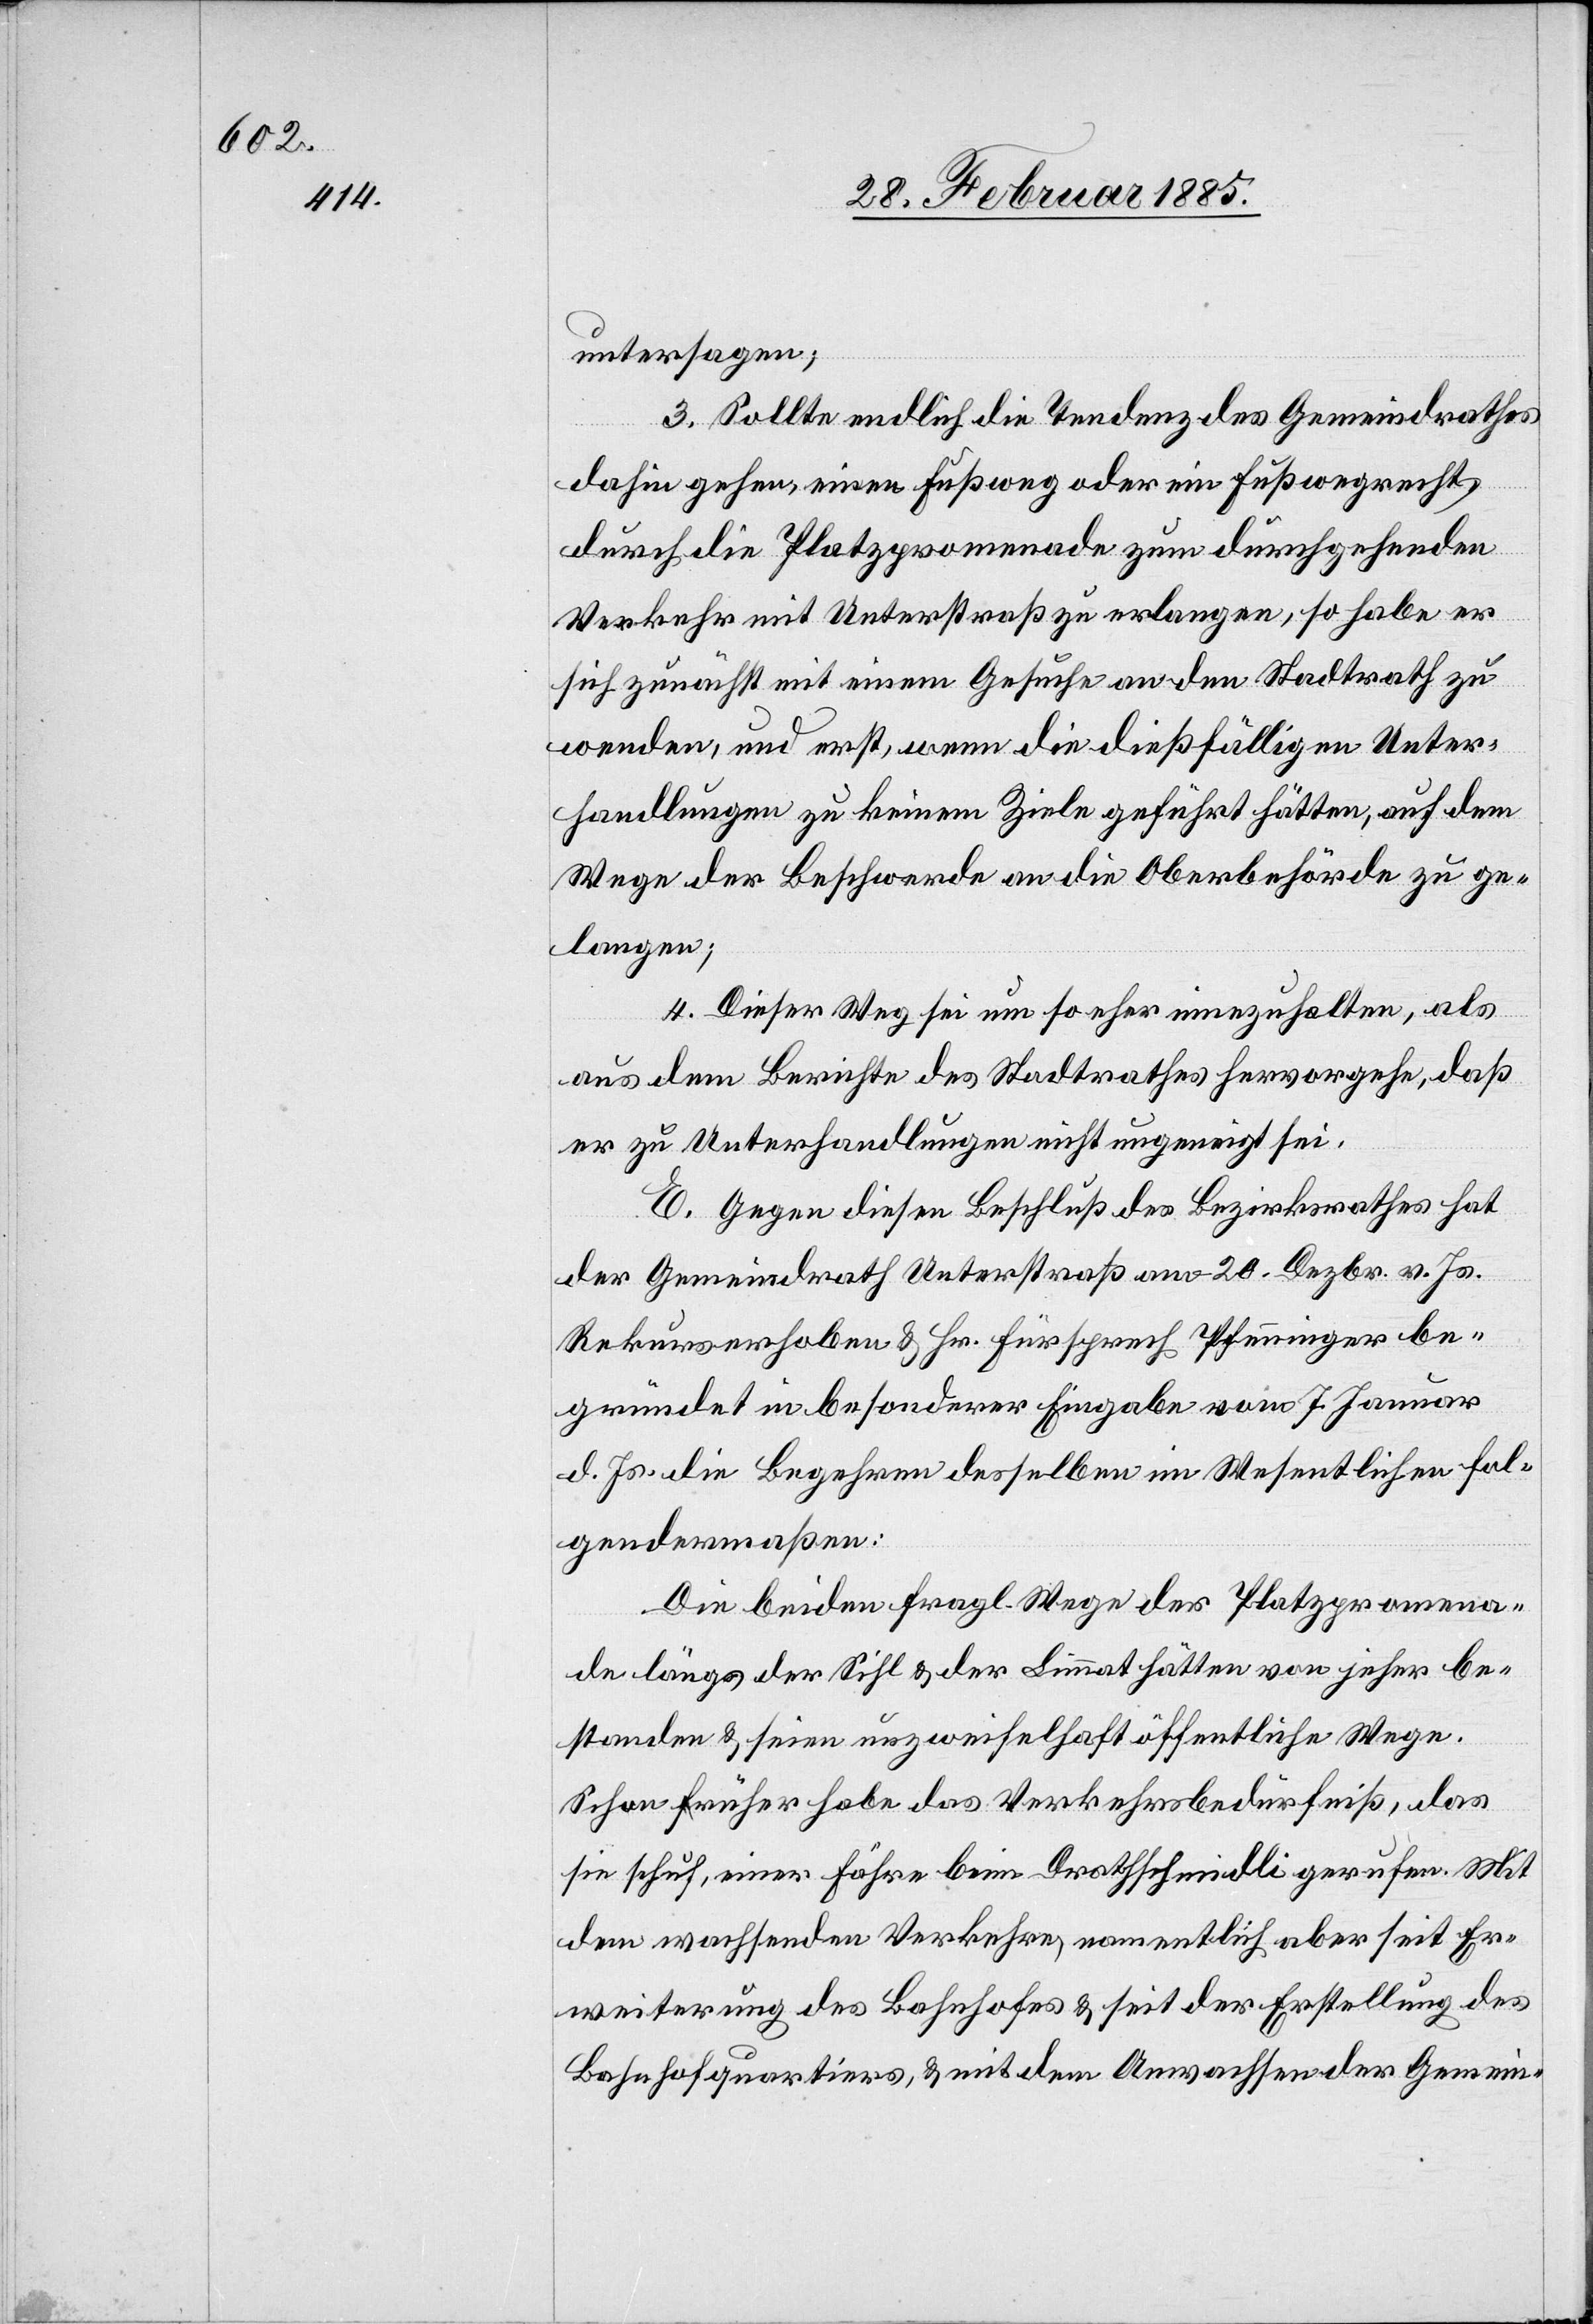
untersagen;
3. Sollte endlich die Tendenz des Gemeindrathes
dahin gehen, einen Fußweg oder ein Fußwegrecht
durch die Platzpromenade zum durchgehenden
Verkehr mit Unterstraß zu erlangen, so habe er
sich zunächst mit einem Gesuche an den Stadtrath zu
wenden, und erst, wenn die dießfälligen Unter¬
handlungen zu keinem Ziele geführt hätten, auf dem
Wege der Beschwerde an die Oberbehörde zu ge¬
langen;
4. Dieser Weg sei um so eher einzuhalten, als
aus dem Berichte des Stadtrathes hervorgehe, daß
er zu Unterhandlungen nicht ungeneigt sei.
E. Gegen diesen Beschluß des Bezirksrathes hat
der Gemeindrath Unterstraß am 20. Dezbr. v. Js.
Rekurs erhoben & Hr. Fürsprech Pfenninger be¬
gründet in besonderer Eingabe vom 7. Januar
d. Js. die Begehren desselben im Wesentlichen fol¬
gendermaßen:
Die beiden fragl. Wege der Platzpromena¬
de längs der Sihl & der Limmat hätten von jeher be¬
standen & seien unzweifelhaft öffentliche Wege.
Schon früher habe das Verkehrsbedürfnis, das
[nach] einer Fähre bei Drathschmidli gerufen. Mit
dem wachsenden Verkehre, namentlich aber seit Er¬
weiterung des Bahnhofes & seit der Erstellung des
Bahnhofquartiers, & mit dem Anwachsen der Gemein-